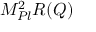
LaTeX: M _ { P l } ^ { 2 } R ( Q )